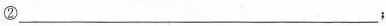
②___；